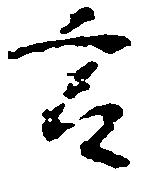
言